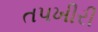
તપખીરી